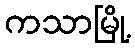
ကသာမြို့